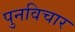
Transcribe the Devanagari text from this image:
पुनविचार